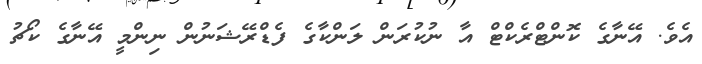
އެވެ. އޭނާގެ ކޮންޓްރެކްޓް އާ ނުކުރަން ލަންކާގެ ފެޑްރޭޝަނުން ނިންމީ އޭނާގެ ކޯޗު